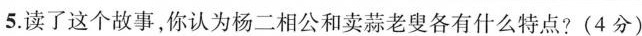
5.读了这个故事，你认为杨二相公和卖蒜老叟各有什么特点?(4分)